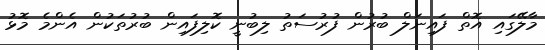
މާލޭގައި އޮތް ފައިނަލް ބުރުން ފުރުސަތު ލިބުނީ ކޮލިފައިން ބުރުތަކުން އެންމެ މޮޅު